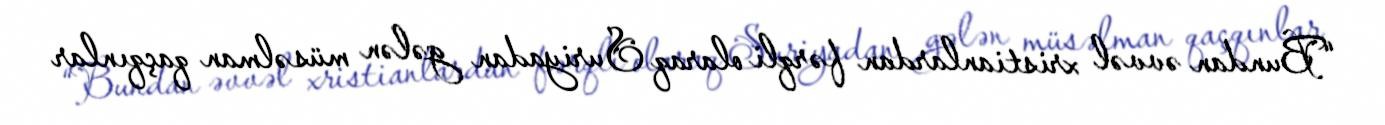
“Bundan əvvəl xristianlardan fərqli olaraq Suriyadan gələn müsəlman qaçqınlar